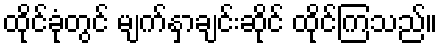
ထိုင်ခုံတွင် မျက်နှာချင်းဆိုင် ထိုင်ကြသည်။